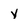
Character: y